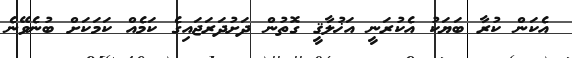
އެކަން ކުރާ ބަޔަކު އެކުރަނީ އަޚުލާޤީ ގޮތުން ދަށުދަރަޖައިގެ ކަމެއް ކަމަކަށް ބުނެވޭނެ